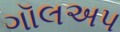
ગૉલઅપ